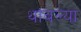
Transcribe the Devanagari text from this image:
थांबल्या